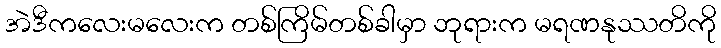
အဲဒီကလေးမလေးက တစ်ကြိမ်တစ်ခါမှာ ဘုရားက မရဏနုဿတိကို